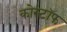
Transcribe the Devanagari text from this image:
कोस्टॉफ